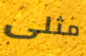
مثلى